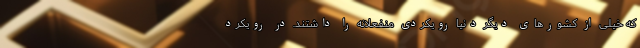
که خیلی از کشورهای دیگر دنیا رویکردی منفعلانه را داشتند. در رویکرد